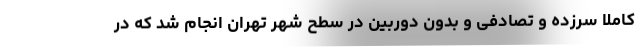
کاملا سرزده و تصادفی و بدون دوربین در سطح شهر تهران انجام شد که در